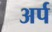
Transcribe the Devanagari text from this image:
अर्प